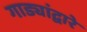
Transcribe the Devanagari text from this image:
गाड्यांद्वारे